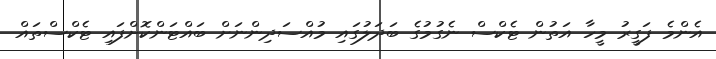
އެންމެ ފަގީރު މީހާ އަތުން ޓެކްސް ނެގުމުގެ ބަދަލުގައި މުއްސަދިންނަށް ބައްޓަންކޮށްފައި ޓެކްސްތައް